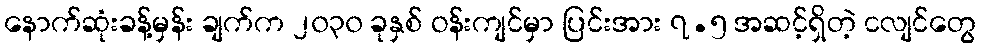
နောက်ဆုံးခန့်မှန်း ချက်က ၂၀၃၀ ခုနှစ် ဝန်းကျင်မှာ ပြင်းအား ၇.၅ အဆင့်ရှိတဲ့ ငလျင်တွေ